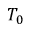
T _ { 0 }